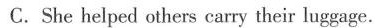
C.She helped others carry their luggage.